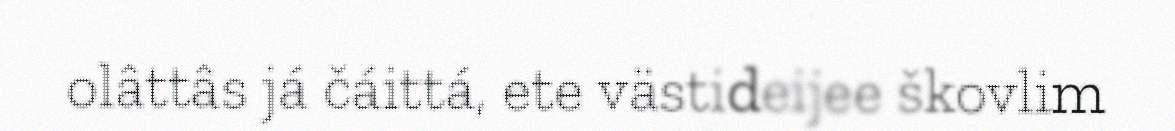
olâttâs já čáittá, ete västideijee škovlim